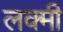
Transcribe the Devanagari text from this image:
लक्मी